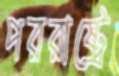
পররাষ্ট্রে